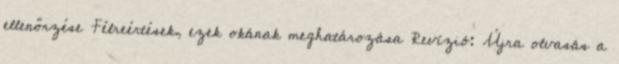
ellenőrzése Félreértések, ezek okának meghatározása Revízió: Újra olvasás a